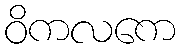
ဝိကလကေ